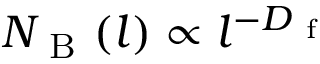
N _ { \mathrm { ~ B ~ } } ( l ) \propto l ^ { - D _ { \mathrm { ~ f ~ } } }